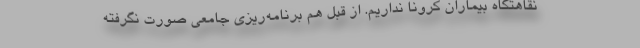
نقاهتگاه بیماران کرونا نداریم. از قبل هم برنامه‌ریزی جامعی صورت نگرفته